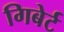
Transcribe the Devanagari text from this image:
गिबेर्ट